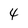
Character: 4